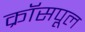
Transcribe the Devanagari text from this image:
क्रॉसपूल